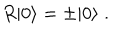
R | 0 \rangle = \pm | 0 \rangle \; .